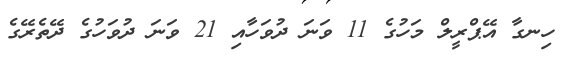
ހިނގާ އޭޕްރީލް މަހުގެ 11 ވަނަ ދުވަހާއި 21 ވަނަ ދުވަހުގެ ދޭތެރޭގެ